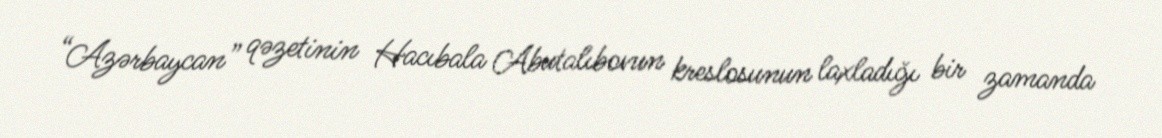
“Azərbaycan” qəzetinin Hacıbala Abutalıbovun kreslosunun laxladığı bir zamanda